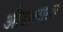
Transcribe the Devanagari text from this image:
औडालाला